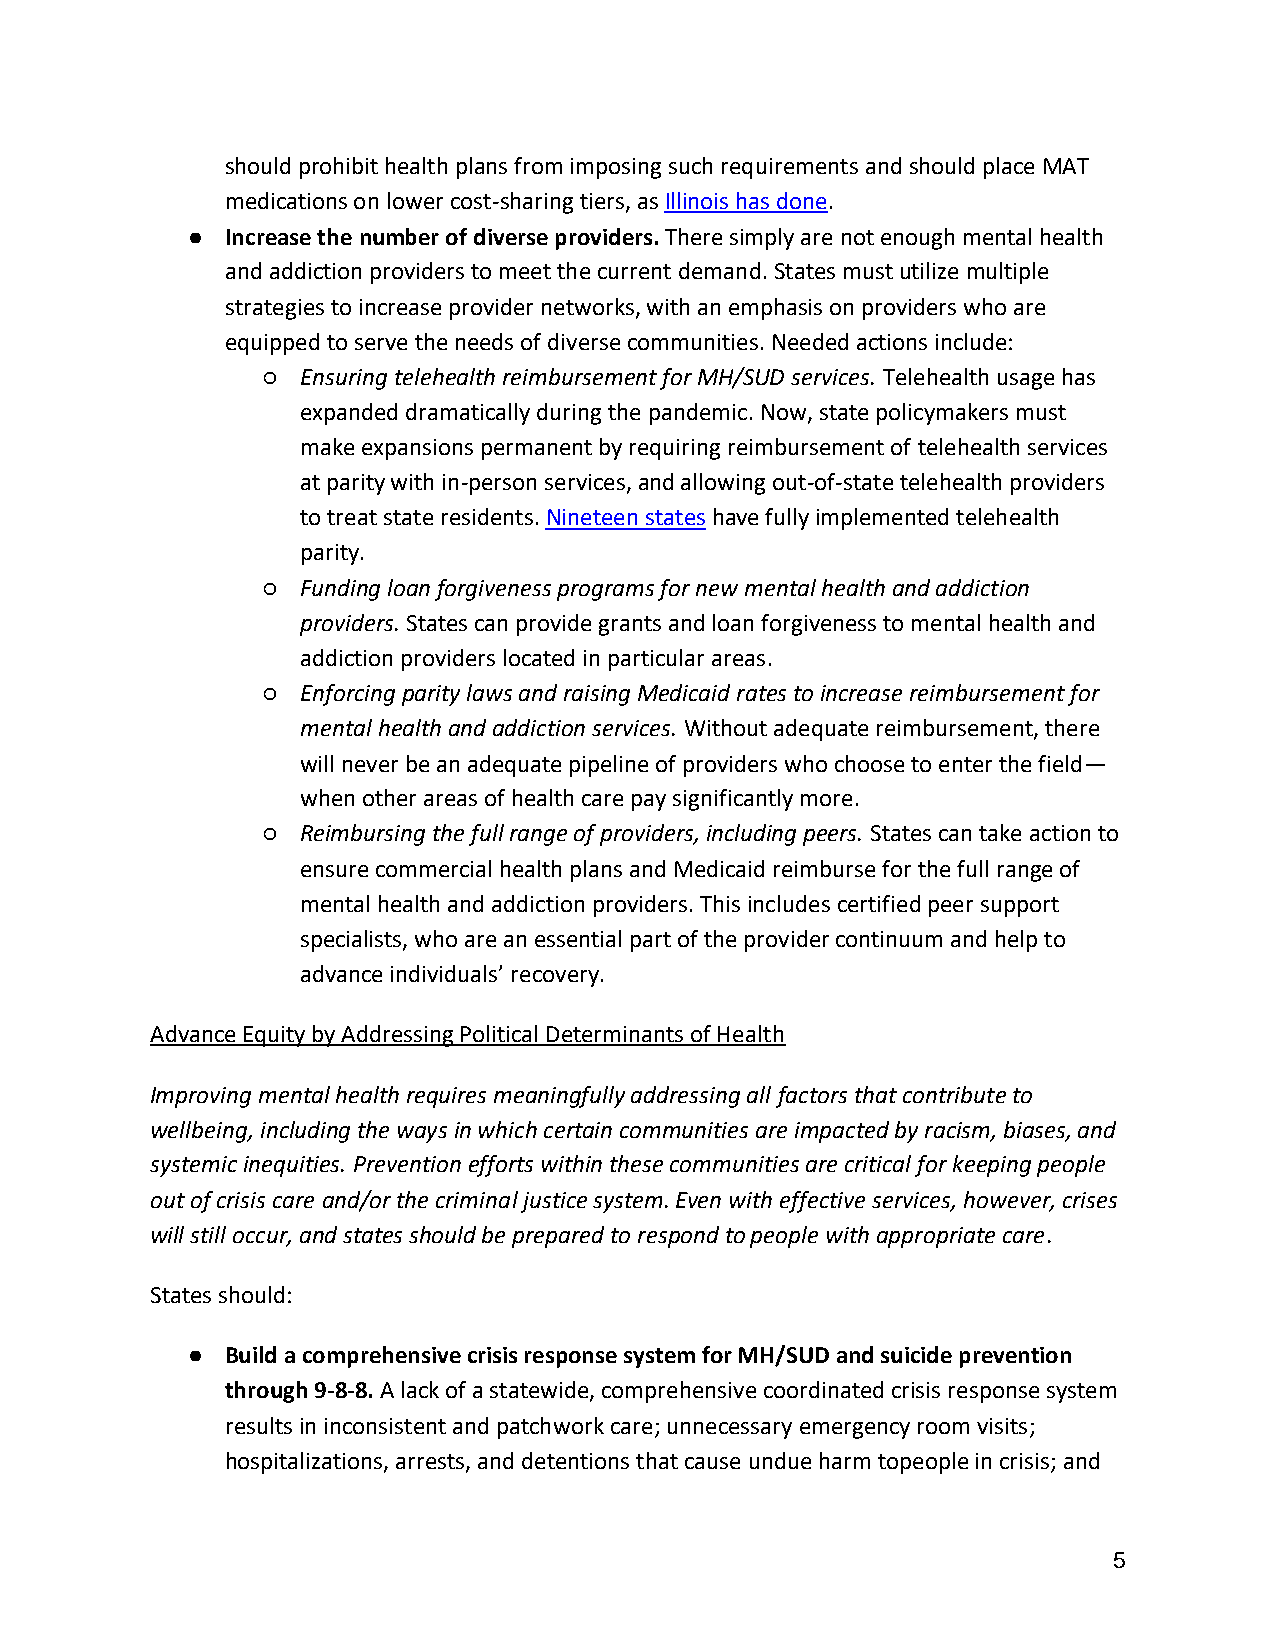
should prohibit health plans from imposing such requirements and should place MAT
 medications on lower cost-sharing tiers, as Illinois has done.
 ●  Increase the number of diverse providers. There simply are not enough mental health
 and addiction providers to meet the current demand. States must utilize multiple
 strategies to increase provider networks, with an emphasis on providers who are
 equipped to serve the needs of diverse communities. Needed actions include:
 ○  Ensuring telehealth reimbursement for MH/SUD services. Telehealth usage has
 expanded dramatically during the pandemic. Now, state policymakers must
 make expansions permanent by requiring reimbursement of telehealth services
 at parity with in-person services, and allowing out-of-state telehealth providers
 to treat state residents. Nineteen states have fully implemented telehealth
 parity.
 ○  Funding loan forgiveness programs for new mental health and addiction
 providers. States can provide grants and loan forgiveness to mental health and
 addiction providers located in particular areas.
 ○  Enforcing parity laws and raising Medicaid rates to increase reimbursement for
 mental health and addiction services. Without adequate reimbursement, there
 will never be an adequate pipeline of providers who choose to enter the field—
 when other areas of health care pay significantly more.
 ○  Reimbursing the full range of providers, including peers. States can take action to
 ensure commercial health plans and Medicaid reimburse for the full range of
 mental health and addiction providers. This includes certified peer support
 specialists, who are an essential part of the provider continuum and help to
 advance individuals’ recovery.
 Advance Equity by Addressing Political Determinants of Health
 Improving mental health requires meaningfully addressing all factors that contribute to
 wellbeing, including the ways in which certain communities are impacted by racism, biases, and
 systemic inequities. Prevention efforts within these communities are critical for keeping people
 out of crisis care and/or the criminal justice system. Even with effective services, however, crises
 will still occur, and states should be prepared to respond to people with appropriate care.
 States should:
 ●  Build a comprehensive crisis response system for MH/SUD and suicide prevention
 through 9-8-8. A lack of a statewide, comprehensive coordinated crisis response system
 results in inconsistent and patchwork care; unnecessary emergency room visits;
 hospitalizations, arrests, and detentions that cause undue harm topeople in crisis; and
 5